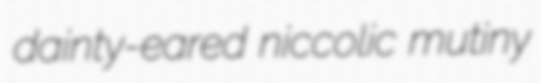
dainty-eared niccolic mutiny